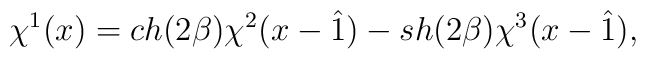
\chi^1(x)=ch(2\beta)\chi^2(x-\hat{1})  -sh(2\beta)\chi^3(x-\hat{1}),